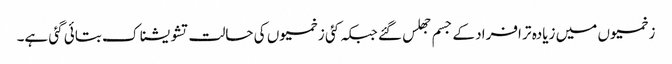
زخمیوں میں زیادہ تر افراد کے جسم جھلس گئے جبکہ کئی زخمیوں کی حالت تشویشناک بتائی گئی ہے۔